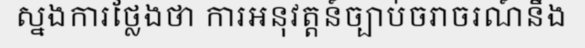
ស្នងការថ្លែងថា ការអនុវត្តន៍ច្បាប់ចរាចរណ៍នឹង